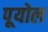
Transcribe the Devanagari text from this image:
पूयोल